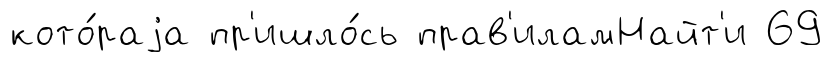
кото́раjа пр'ишло́сь прав'иламНайт'и 69